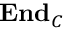
\mathbf { E n d } _ { C }